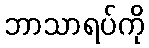
ဘာသာရပ်ကို